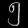
Digit: ၅